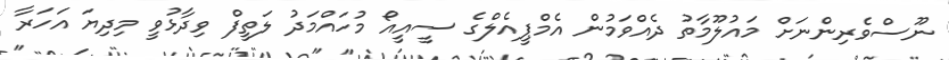
ނޫސްވެރިންނަށް މައުލޫމާތު ދެއްވަމުން އެމްޕީއެލްގެ ސީއީއޯ މުހައްމަދު ލަތީފް ވިދާޅުވީ މިދިޔަ އަހަރާ